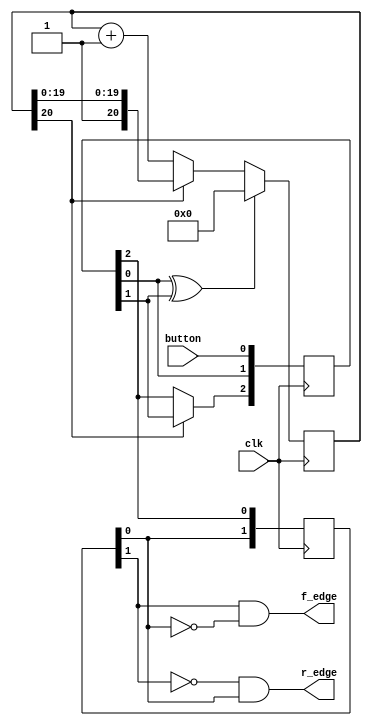
/*
 * Title: DEBOUNCER/EDGE DETECTOR
 * Name: Javier Jimenez
 * Desc: Program that detects a pressing button
 * 		and avoids any bouncing on each key press.
 * 		Also can detect a rising or falling edges.
 *
 */

`define l 20

module debouncer(
	input 	clk,
	input		button,
	output	r_edge,
	output	f_edge
);

	reg[`l:0] cnt_40ms;
	reg[2:0]  dff_debouncer;
	reg[1:0]	dff_edge;
	wire 			ena_dff2_debouncer;
	wire 			ena_cnt_40ms;
	wire 			sclr;
	wire 			rising_edge;
	wire 			falling_edge;

	/* Initial statement, give initial values */
	initial
	begin
		cnt_40ms 			<= 0;
		dff_debouncer <= 3'b0;
		dff_edge		  <= 2'b0;
	end

	/* This block detects a pressing button and passes the value through D flipflops */
	always @(posedge clk)
	begin: debouncer
		dff_debouncer[0] <= button;
		dff_debouncer[1] <= dff_debouncer[0];
		if(1'b1 == ena_dff2_debouncer)
			dff_debouncer[2] <= dff_debouncer[1];
	end

	/*
	   This block is a counter that gives a ~40 ms delay
	   50 MHz clock source frequency = 20 ns period --> 40 ms delay / 20 ns period = 2.000.000 counts
	   2^n = 2.000.000 counts --> n = log(2.000.000) / log(2) = 20,9 bits = 21 bits aprox
	*/
	always @(posedge clk)
	begin: debouncer_counter
		if(1'b1 == sclr)
			cnt_40ms <= 0;
		else if(1'b1 == ena_cnt_40ms)
			cnt_40ms <= cnt_40ms + 1;
	end

	/* This block is a shift register made of D flipflops */
	always @(posedge clk)
	begin: edge_detector
		dff_edge[0] <= dff_debouncer[2];
		dff_edge[1] <= dff_edge[0];
	end

	assign sclr 		  		  	=  dff_debouncer[0] ^ dff_debouncer[1]; /* Any change on the input button from low to high or high to low produces a sync_clear in the counter */
	assign ena_dff2_debouncer =  cnt_40ms[`l]; 												/* The most significant bit of the counter is the enable of the D flipflop */
	assign ena_cnt_40ms 		  = ~cnt_40ms[`l]; 												/* The most significant bit of the counter, disables the counter */
	assign rising_edge  		  = ~dff_edge[1] &  dff_edge[0]; 					/* Rising edge detector */
	assign falling_edge 		  =  dff_edge[1] & ~dff_edge[0]; 					/* Falling edge detector */

	assign r_edge = rising_edge;
	assign f_edge = falling_edge;

endmodule